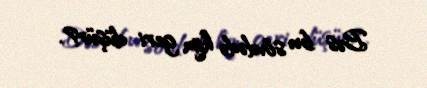
Bəs bu sövdədə kim geri düşür?.